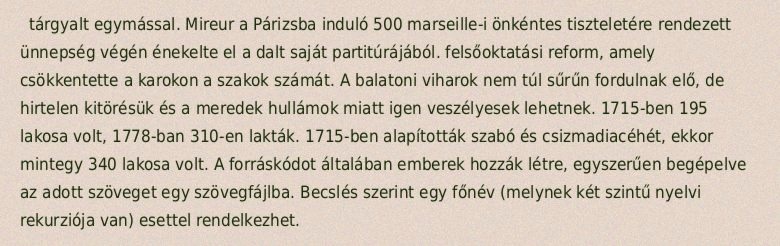
tárgyalt egymással. Mireur a Párizsba induló 500 marseille-i önkéntes tiszteletére rendezett ünnepség végén énekelte el a dalt saját partitúrájából. felsőoktatási reform, amely csökkentette a karokon a szakok számát. A balatoni viharok nem túl sűrűn fordulnak elő, de hirtelen kitörésük és a meredek hullámok miatt igen veszélyesek lehetnek. 1715-ben 195 lakosa volt, 1778-ban 310-en lakták. 1715-ben alapították szabó és csizmadiacéhét, ekkor mintegy 340 lakosa volt. A forráskódot általában emberek hozzák létre, egyszerűen begépelve az adott szöveget egy szövegfájlba. Becslés szerint egy főnév (melynek két szintű nyelvi rekurziója van) esettel rendelkezhet.